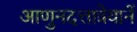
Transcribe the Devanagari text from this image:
आणुनदत्तात्रेयानें